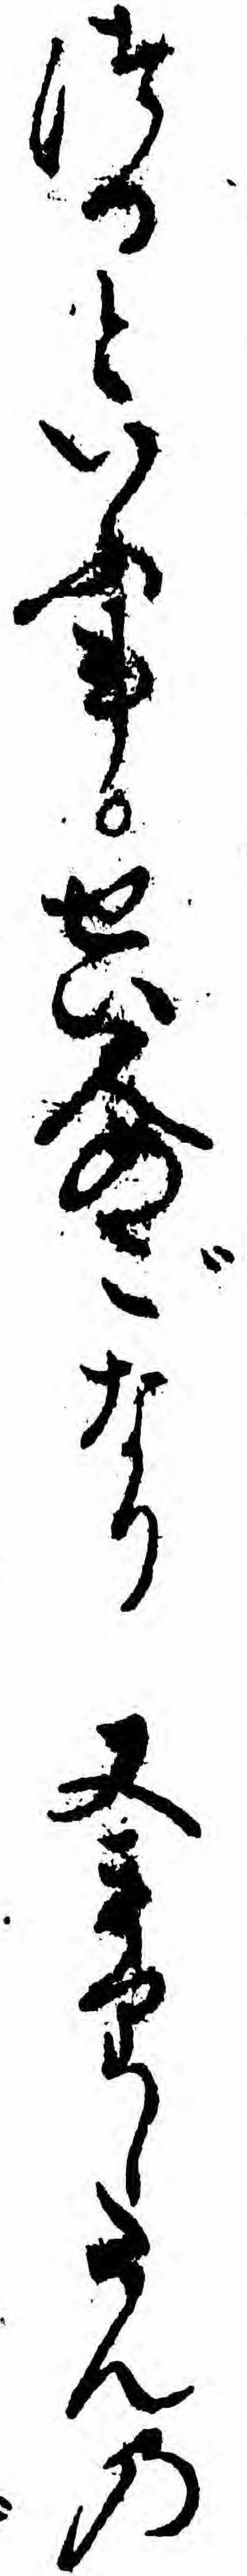
つるといふ事せい人のごなり又きりしたんの